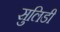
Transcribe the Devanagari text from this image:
सुलिडी